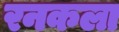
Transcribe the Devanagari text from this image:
रनकला